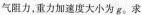
气阻力，重力加速度大小为g。求